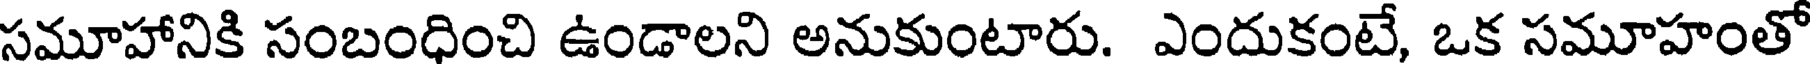
సమూహానికి సంబంధించి ఉండాలని అనుకుంటారు. ఎందుకంటే, ఒక సమూహంతో